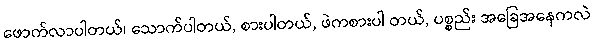
ဖောက်လာပါတယ်၊ သောက်ပါတယ်, စားပါတယ်, ဖဲကစားပါ တယ်, ပစ္စည်း အခြေအနေကလဲ